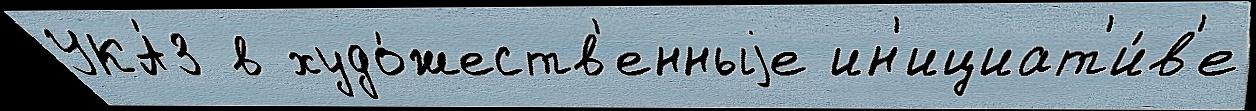
УКА́З в худо́жеств'енныjе ин'ициат'и́в'е